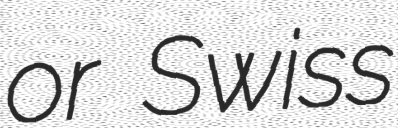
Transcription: or Swiss